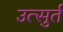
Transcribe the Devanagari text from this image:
उत्सुर्त